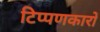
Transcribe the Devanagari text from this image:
टिप्पणकारों